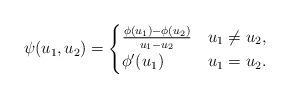
LaTeX: \begin{align*}\psi(u_1,u_2)=\begin{cases}\frac{\phi(u_1)-\phi(u_2)}{u_1-u_2}&u_1\neq u_2, \\\phi'(u_1)&u_1=u_2.\end{cases}\end{align*}